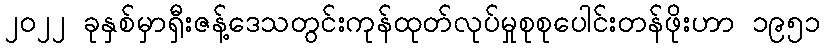
၂၀၂၂ ခုနှစ်မှာရှီးဇန့်ဒေသတွင်းကုန်ထုတ်လုပ်မှုစုစုပေါင်းတန်ဖိုးဟာ ၁၉၅၁